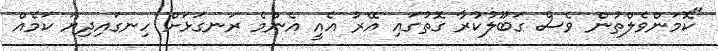
"ކޮމަންވެލްތުން ވެސް ގަބޫލުކުރާ ގޮތުގައި އޭރު އެއީ އެންމެ ރަނގަޅަށް ހިނގައިދިޔަ ކަމެއް